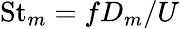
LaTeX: \mathrm{St}_{m}=fD_{m}/U